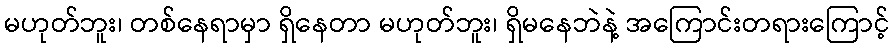
မဟုတ်ဘူး၊ တစ်နေရာမှာ ရှိနေတာ မဟုတ်ဘူး၊ ရှိမနေဘဲနဲ့ အကြောင်းတရားကြောင့်